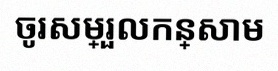
ចូរសម្រួលកន្សោម